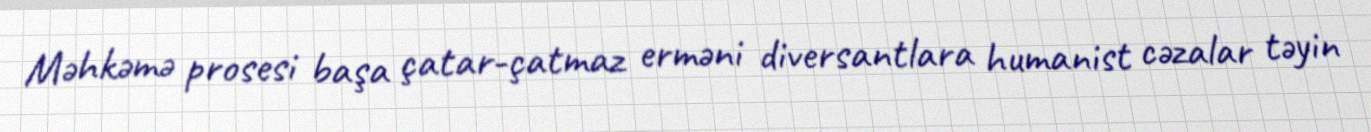
Məhkəmə prosesi başa çatar-çatmaz erməni diversantlara humanist cəzalar təyin